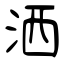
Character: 洒